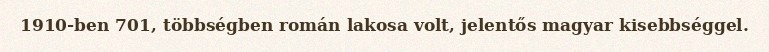
1910-ben 701, többségben román lakosa volt, jelentős magyar kisebbséggel.